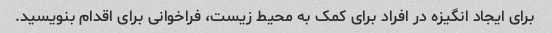
برای ایجاد انگیزه در افراد برای کمک به محیط زیست، فراخوانی برای اقدام بنویسید.